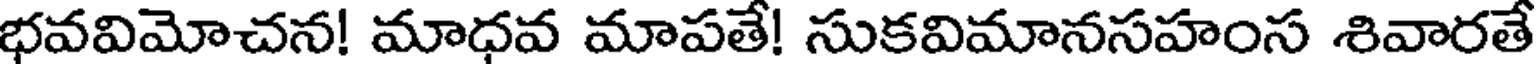
భవవిమోచన! మాధవ మాపతే! సుకవిమానసహంస శివారతే